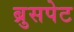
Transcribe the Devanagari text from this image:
ब्रुसपेट